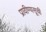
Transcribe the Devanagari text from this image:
प्रावीण्यसूची